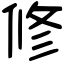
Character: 修